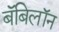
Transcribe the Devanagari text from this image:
बॅबिलॉन